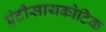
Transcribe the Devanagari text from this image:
एंटीसायकोटिक